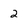
Character: 2